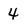
Character: 4